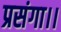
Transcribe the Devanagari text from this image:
प्रसंगा।।